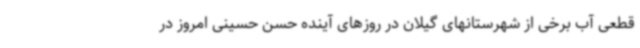
قطعی آب برخی از شهرستانهای گیلان در روزهای آینده حسن حسینی امروز در